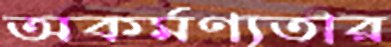
অকর্মণ্যতার